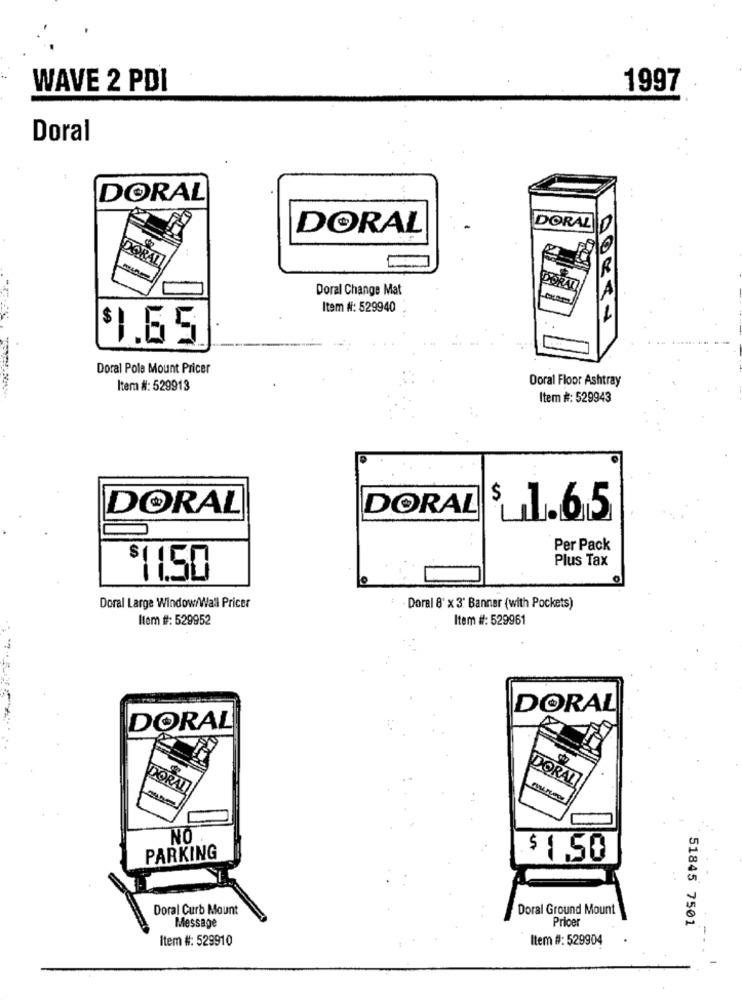
WAVE 2 PDI
1997
Doral
DORAL
DORAL
DORAL
Doral Change Mat
PORADI
Item #: 529940
$1.65.
Doral Pole Mount Pricer
Doral Floor Ashtray
Item #: 529913
Item #: 529943
DORAL
DORAL
$ 1.65
Per Pack
Plus Tax
$11.50
Doral Large Window/Wall Pricer
Doral 8' x 3' Banner (with Pockets)
Item #: 529952
Item #: 529961
DORAL
DORAL
DORAL
DORAD
NO
PARKING
$ 1.50
Doral Curb Mount
Doral Ground Mount
Message
Pricer
51845 7501
Item #: 529910
Item #: 529904